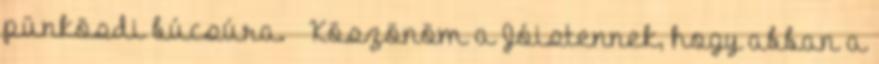
pünkösdi búcsúra. – Köszönöm a Jóistennek, hogy abban a